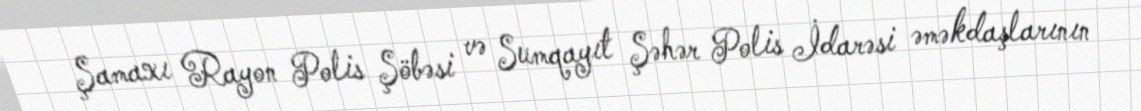
Şamaxı Rayon Polis Şöbəsi və Sumqayıt Şəhər Polis İdarəsi əməkdaşlarının